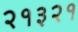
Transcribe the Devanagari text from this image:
२१३२१